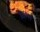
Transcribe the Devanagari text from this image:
विल्ल